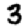
Digit: 3